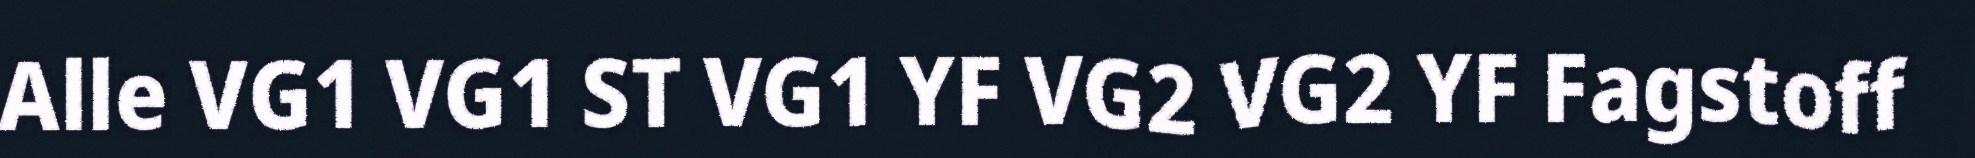
Alle VG1 VG1 ST VG1 YF VG2 VG2 YF Fagstoff